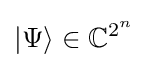
|\Psi \rangle \in \mathbb {C} ^{2^{n}}